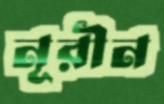
নূরীন